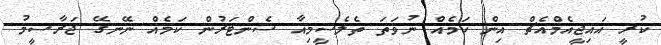
ކުރީ އައިޖީއެމްއެޗް އިން ކަމެއް ނުވަތަ ތެލެސީމިއާ ސެންޓަރުން ކަމެއް ނޭނގޭ ޖަރާސީމު